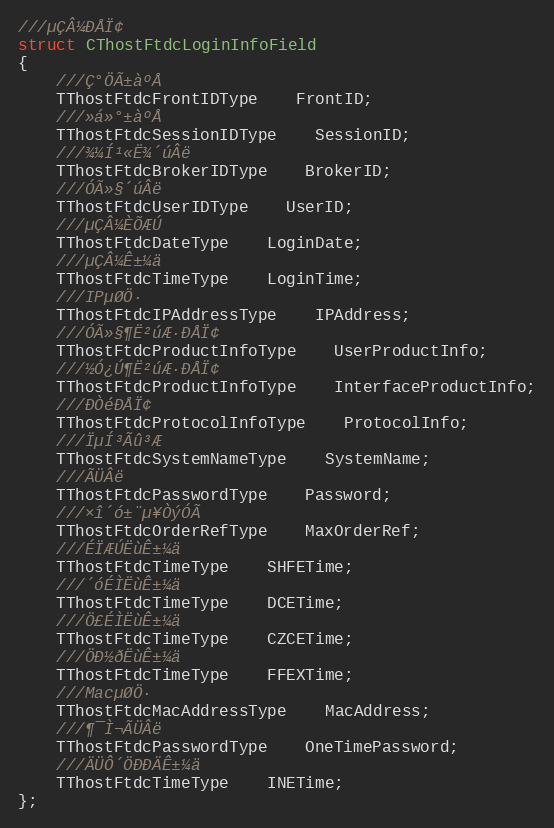
Language: C
///µÇÂ¼ÐÅÏ¢
struct CThostFtdcLoginInfoField
{
	///Ç°ÖÃ±àºÅ
	TThostFtdcFrontIDType	FrontID;
	///»á»°±àºÅ
	TThostFtdcSessionIDType	SessionID;
	///¾­¼Í¹«Ë¾´úÂë
	TThostFtdcBrokerIDType	BrokerID;
	///ÓÃ»§´úÂë
	TThostFtdcUserIDType	UserID;
	///µÇÂ¼ÈÕÆÚ
	TThostFtdcDateType	LoginDate;
	///µÇÂ¼Ê±¼ä
	TThostFtdcTimeType	LoginTime;
	///IPµØÖ·
	TThostFtdcIPAddressType	IPAddress;
	///ÓÃ»§¶Ë²úÆ·ÐÅÏ¢
	TThostFtdcProductInfoType	UserProductInfo;
	///½Ó¿Ú¶Ë²úÆ·ÐÅÏ¢
	TThostFtdcProductInfoType	InterfaceProductInfo;
	///Ð­ÒéÐÅÏ¢
	TThostFtdcProtocolInfoType	ProtocolInfo;
	///ÏµÍ³Ãû³Æ
	TThostFtdcSystemNameType	SystemName;
	///ÃÜÂë
	TThostFtdcPasswordType	Password;
	///×î´ó±¨µ¥ÒýÓÃ
	TThostFtdcOrderRefType	MaxOrderRef;
	///ÉÏÆÚËùÊ±¼ä
	TThostFtdcTimeType	SHFETime;
	///´óÉÌËùÊ±¼ä
	TThostFtdcTimeType	DCETime;
	///Ö£ÉÌËùÊ±¼ä
	TThostFtdcTimeType	CZCETime;
	///ÖÐ½ðËùÊ±¼ä
	TThostFtdcTimeType	FFEXTime;
	///MacµØÖ·
	TThostFtdcMacAddressType	MacAddress;
	///¶¯Ì¬ÃÜÂë
	TThostFtdcPasswordType	OneTimePassword;
	///ÄÜÔ´ÖÐÐÄÊ±¼ä
	TThostFtdcTimeType	INETime;
};